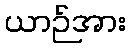
ယာဉ်အား